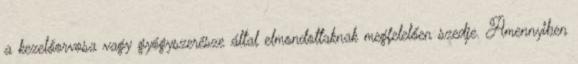
a kezelőorvosa vagy gyógyszerésze által elmondottaknak megfelelően szedje. Amennyiben